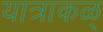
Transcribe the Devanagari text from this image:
यात्राकळ्